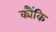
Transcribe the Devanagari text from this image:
क्यैंकि